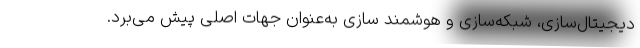
دیجیتال‌سازی، شبکه‌سازی و هوشمند سازی به‌عنوان جهات اصلی پیش می‌برد.